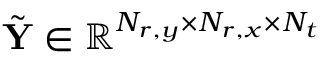
\tilde { \mathbf { Y } } \in \mathbb { R } ^ { N _ { r , y } \times N _ { r , x } \times N _ { t } }